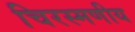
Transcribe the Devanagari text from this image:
चिरस्मणीय